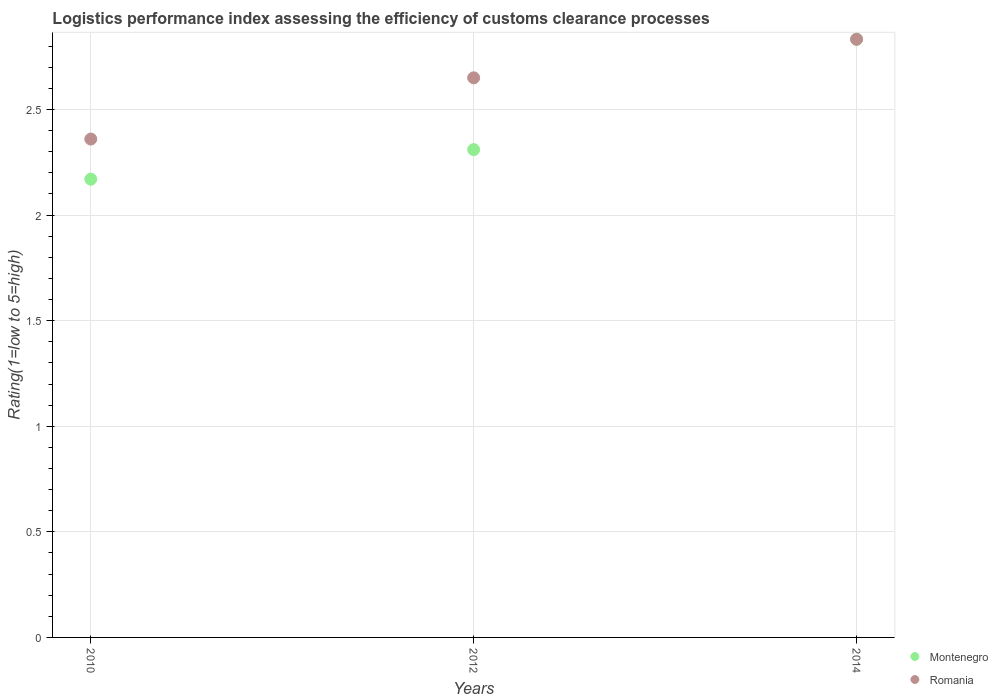
| Years | Montenegro | Romania |
 | --- | --- | --- |
 | 2010 | 2.17 | 2.36 |
 | 2012 | 2.31 | 2.65 |
 | 2014 | 2.83 | 2.83 |